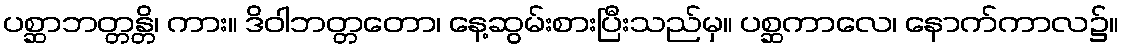
ပစ္ဆာဘတ္တန္တိ၊ ကား။ ဒိဝါဘတ္တတော၊ နေ့ဆွမ်းစားပြီးသည်မှ။ ပစ္ဆကာလေ၊ နောက်ကာလ၌။